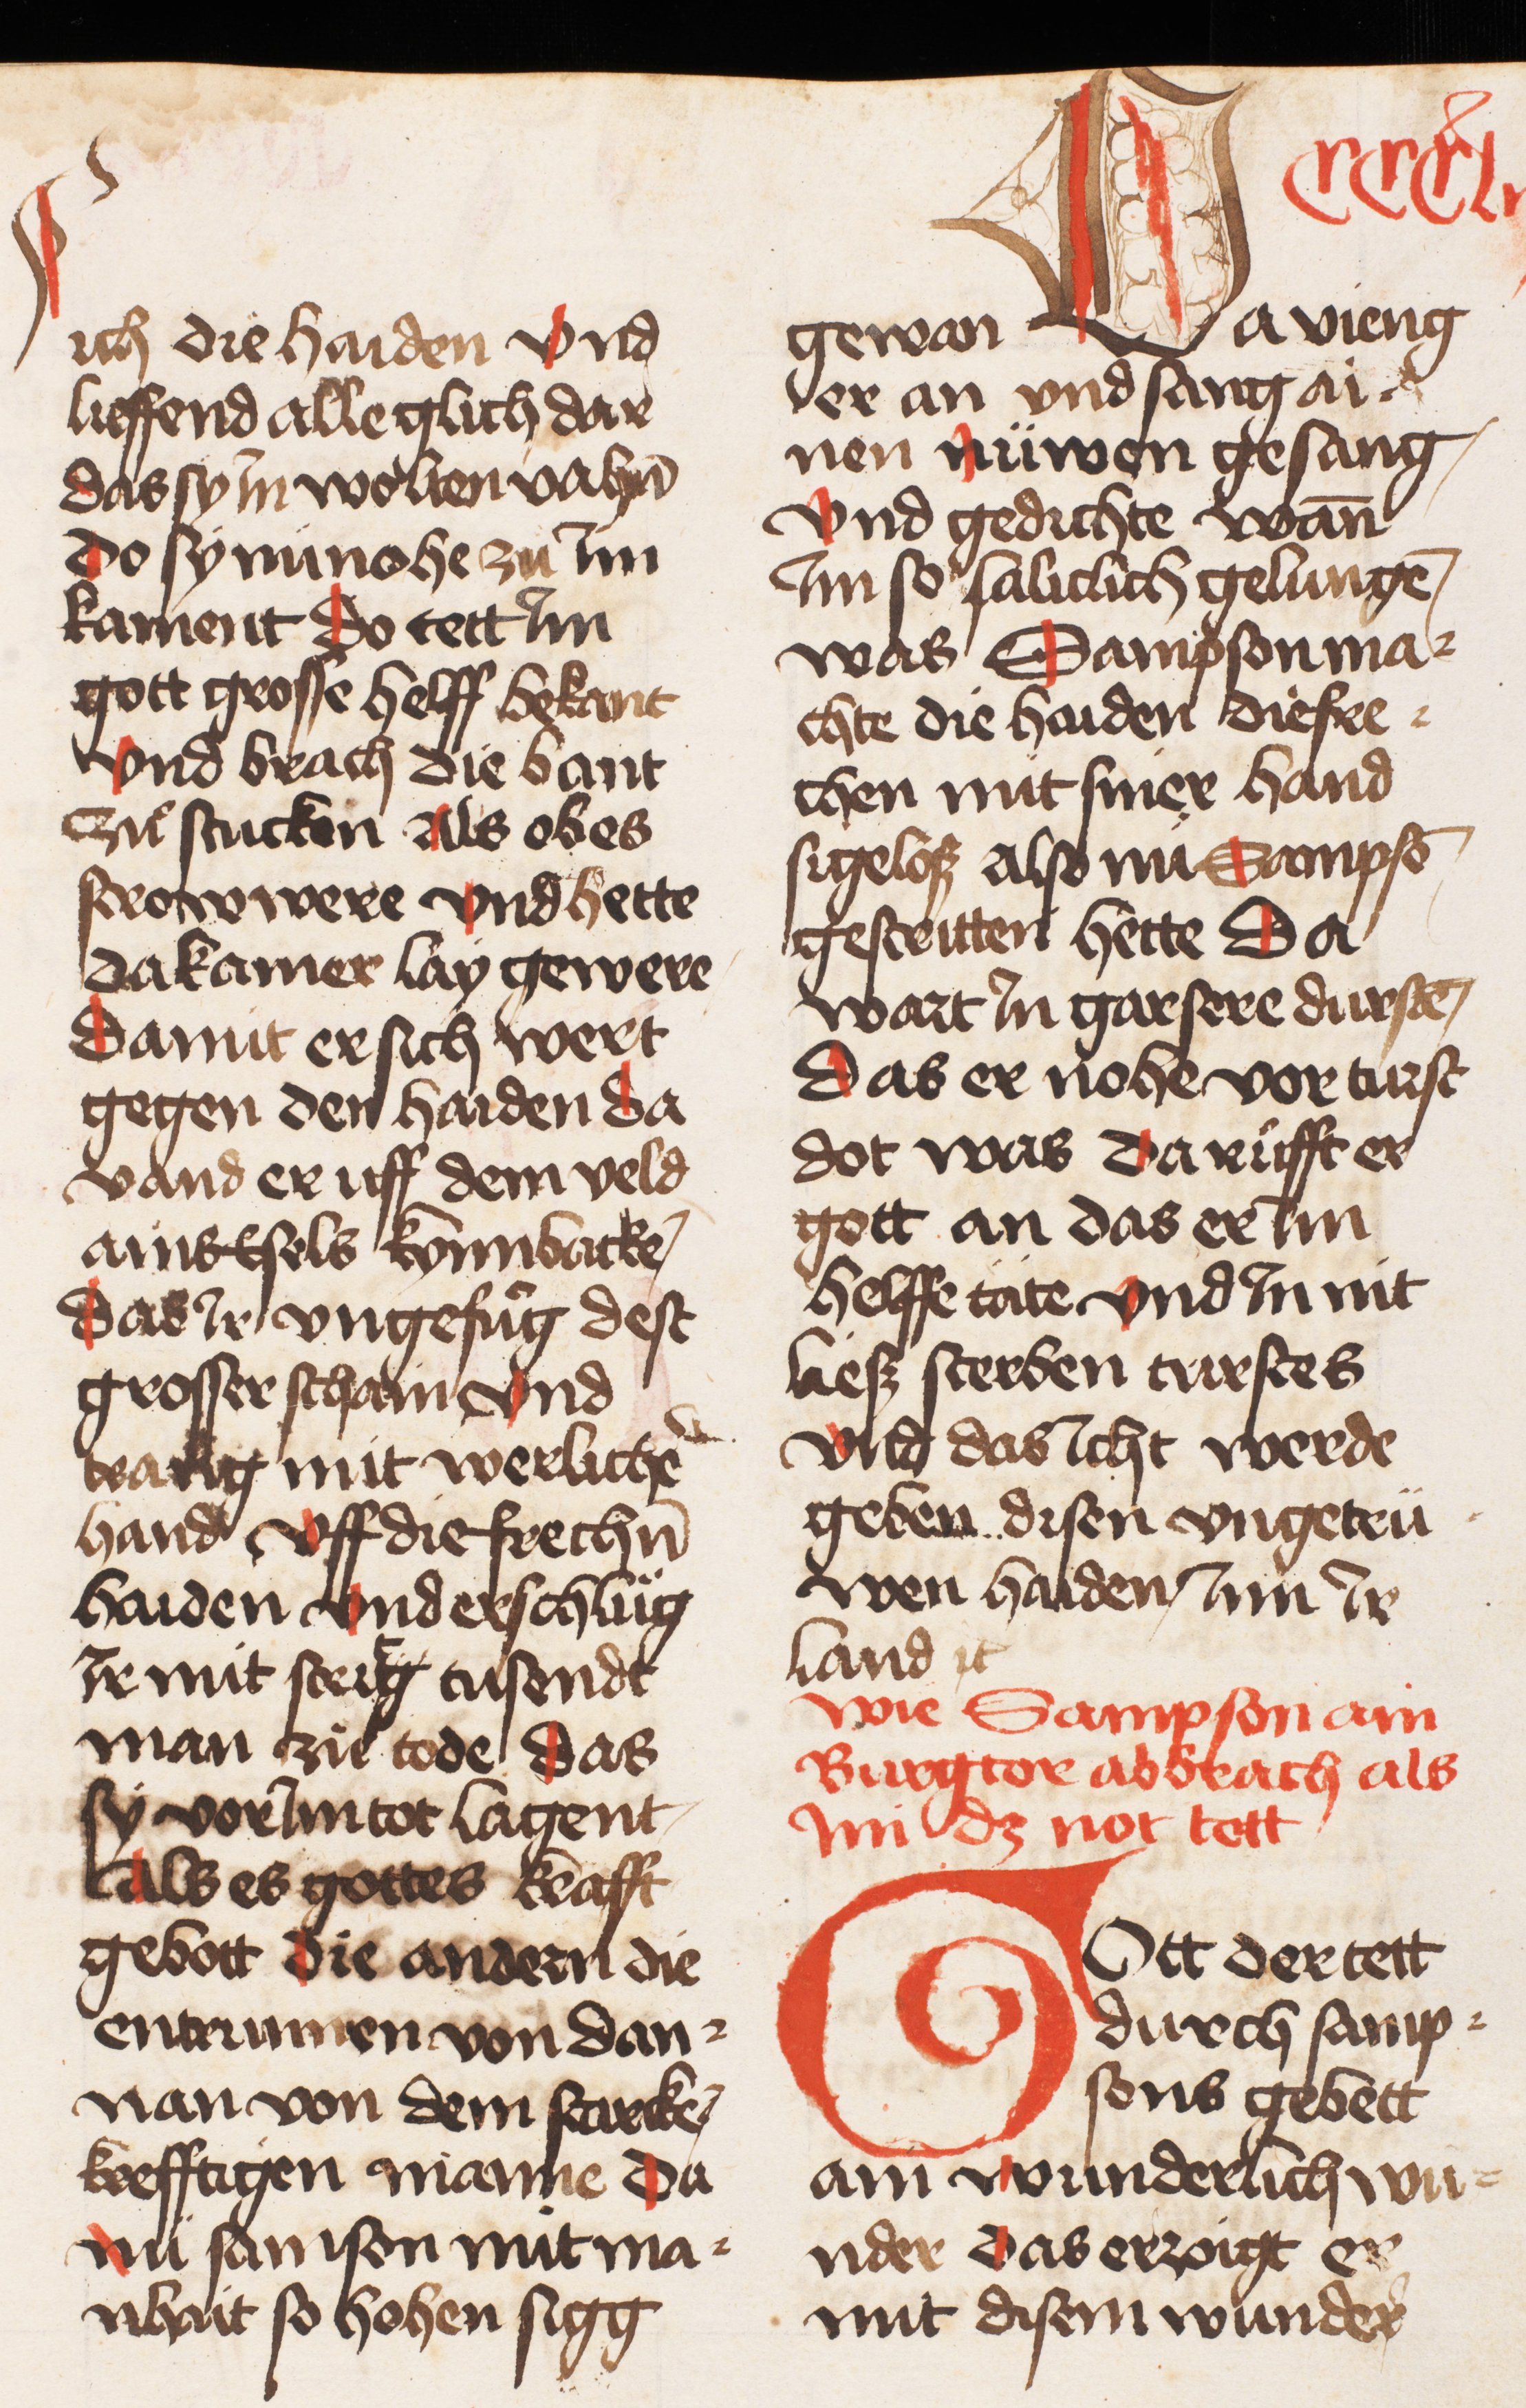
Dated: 1445–1455